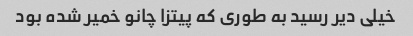
خیلی دیر رسید به طوری که پیتزا چانو خمیر شده بود